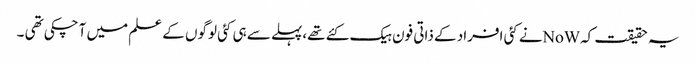
یہ حقیقت کہNoWنے کئی افراد کے ذاتی فون ہیک کئے تھے،پہلے سے ہی کئی لوگوں کے علم میں آچکی تھی ۔